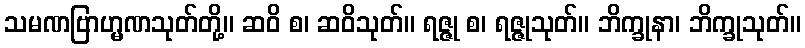
သမဏဗြာဟ္မဏသုတ်တို့။ ဆဝိ စ၊ ဆဝိသုတ်။ ရဇ္ဇု စ၊ ရဇ္ဇုသုတ်။ ဘိက္ခုနာ၊ ဘိက္ခုသုတ်။